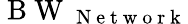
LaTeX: \mathrm{~B~W~}_{\mathrm{~N~e~t~w~o~r~k~}}